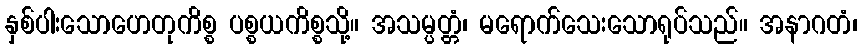
နှစ်ပါးသောဟေတုကိစ္စ ပစ္စယကိစ္စသို့။ အသမ္ပတ္တံ၊ မရောက်သေးသောရုပ်သည်။ အနာဂတံ၊